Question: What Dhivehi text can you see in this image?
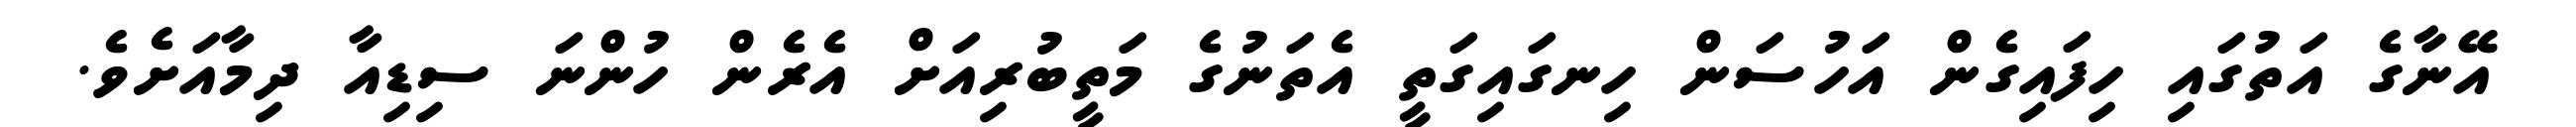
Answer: އޭނާގެ އަތުގައި ހިފައިގެން އަހުސަން ހިނގައިގަތީ އެތަނުގެ މަތީބުރިއަށް އެރެން ހުންނަ ސިޑިއާ ދިމާއަށެވެ.